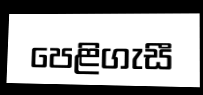
පෙළිගැසී